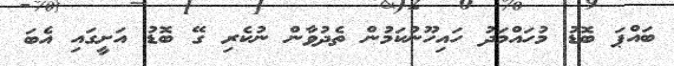
ބައްޕަ ބޮޑު މުހައްމަދު ހައިހޫނުކަމުން ތެދުވާން ނުކެރި ގޭ ބޮޑު އަށީގައި އެބަ